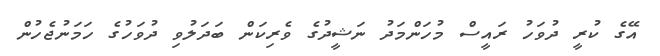
އޭގެ ކުރީ ދުވަހު ރައީސް މުހަންމަދު ނަޝީދުގެ ވެރިކަން ބަދަލުވި ދުވަހުގެ ހަމަނުޖެހުން